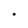
Character: O